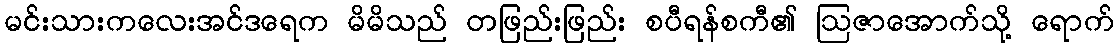
မင်းသားကလေးအင်ဒရေက မိမိသည် တဖြည်းဖြည်း စပီရန်စကီ၏ ဩဇာအောက်သို့ ရောက်